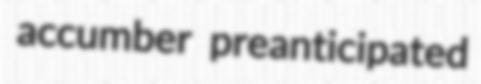
accumber preanticipated